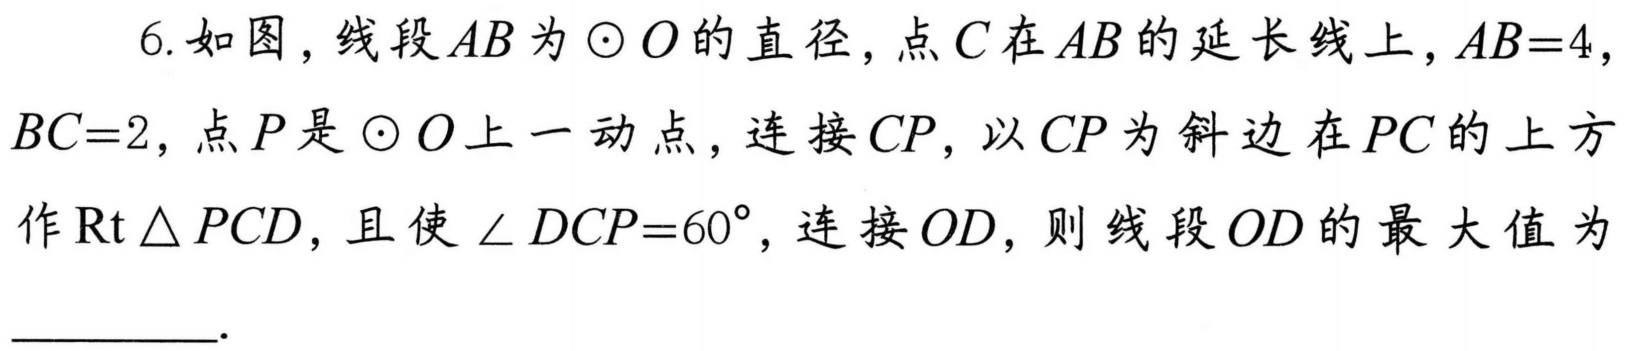
6. 如图，线段\(AB\)为\(\odot O\)的直径，点\(C\)在\(AB\)的延长线上，\(AB = 4\)，\(BC = 2\)，点\(P\)是\(\odot O\)上一动点，连接\(CP\)，以\(CP\)为斜边在\(PC\)的上方作\(\mathrm{Rt}\triangle PCD\)，且使\(\angle DCP = 60^{\circ}\)，连接\(OD\)，则线段\(OD\)的最大值为  ．